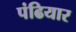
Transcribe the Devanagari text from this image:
पंढियार